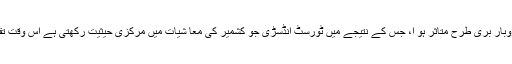
جس کی وجہ سے کاروبار بری طرح متاثر ہو ا، جس کے نتیجے میں ٹورسٹ انڈسڑی جو کشمیر کی معا شیات میں مرکزی حیثیت رکھتی ہے اس وقت تقریباَ ختم ہو چکی ہے ۔